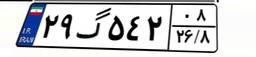
۳۰گ۲۱۳۲۹